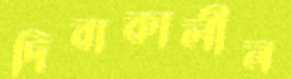
দিবাকালীন